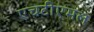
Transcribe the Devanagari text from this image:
एचटीएमल